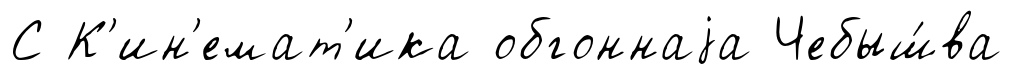
С К'ин'емат'ика обгоннаjа Чебыш́ва